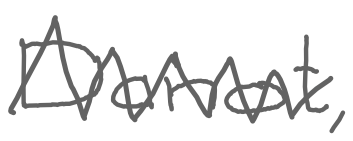
Text: Danot,
Cross-out: zig-zag
Writing tool: digital_gray